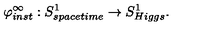
\varphi _ { i n s t } ^ { \infty } : S _ { s p a c e t i m e } ^ { 1 } \rightarrow S _ { H i g g s } ^ { 1 } .